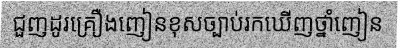
ជួញដូរគ្រឿងញៀនខុសច្បាប់រកឃើញថ្នាំញៀន